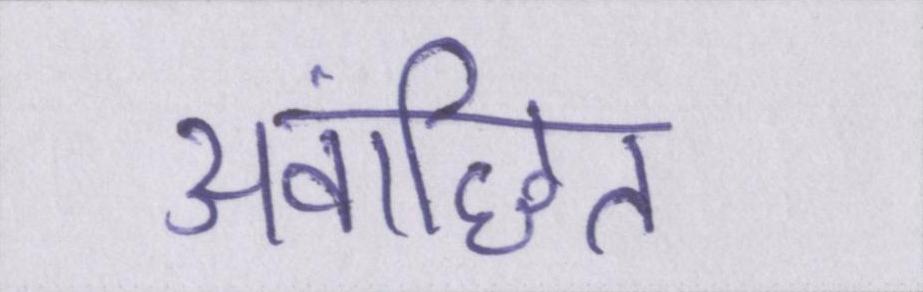
अवांछित